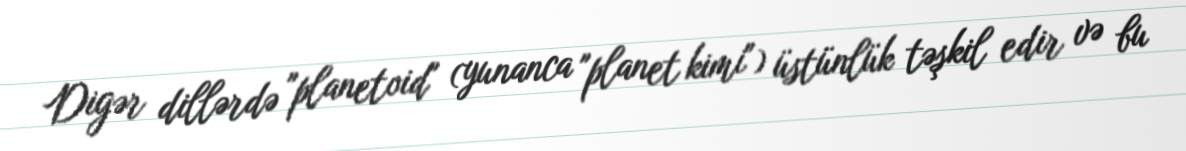
Digər dillərdə "planetoid" (yunanca "planet kimi") üstünlük təşkil edir və bu